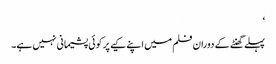
‘
پہلے گھنٹے کے دوران فلم میں اپنے کیے پر کوئی پشیمانی نہیں ہے۔